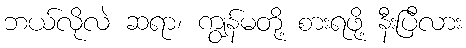
ဘယ်လိုလဲ ဆရာ၊ ကျွန်မတို့ စားရဖို့ နီးပြီလား